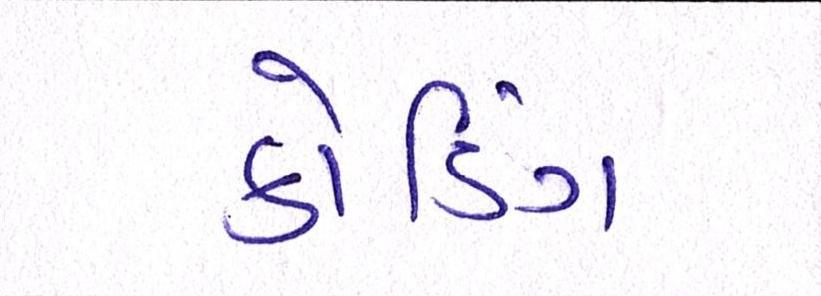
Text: કોડિંગ